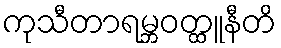
ကုသီတာရမ္ဘဝတ္ထူနီတိ